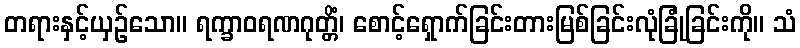
တရားနှင့်ယှဉ်သော။ ရက္ခာဝရဏဂုတ္တိံ၊ စောင့်ရှောက်ခြင်းတားမြစ်ခြင်းလုံခြုံခြင်းကို။ သံ